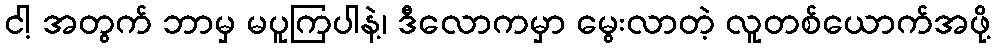
ငါ့ အတွက် ဘာမှ မပူကြပါနဲ့၊ ဒီလောကမှာ မွေးလာတဲ့ လူတစ်ယောက်အဖို့